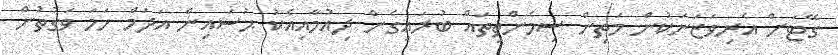
ގޭޓަށް އެރިވަޒަނަކުން މަތިން ސިމެންތިތައް ބުރައިގެން ދިއުމާއިއެކު ޙުސައިން އަދަމް ހަމަ ވަގުތުން